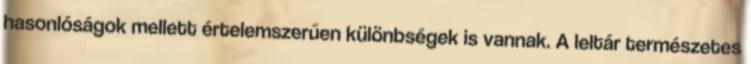
hasonlóságok mellett értelemszerűen különbségek is vannak. A leltár természetes